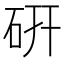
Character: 硏